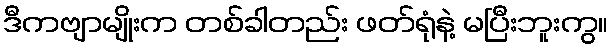
ဒီကဗျာမျိုးက တစ်ခါတည်း ဖတ်ရုံနဲ့ မပြီးဘူးကွ။